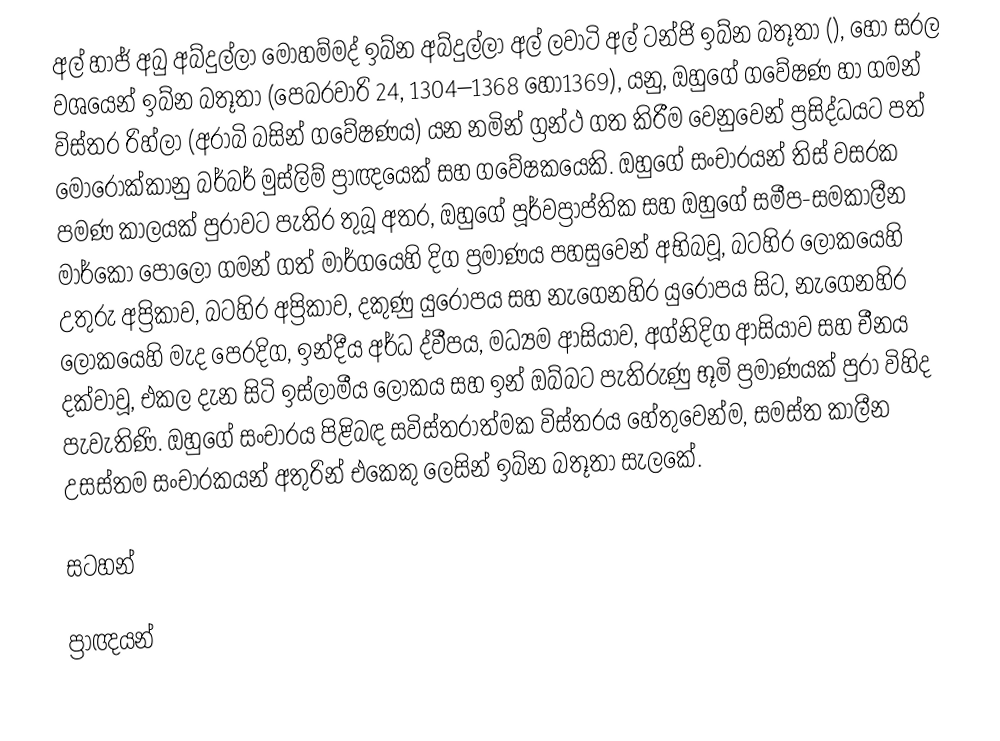
අල් හාජ් අබු අබ්දුල්ලා මොහම්මද් ඉබ්න අබ්දුල්ලා අල් ලවාටි අල් ටන්ජි ඉබ්න බතූතා (), හෝ සරල වශයෙන්  ඉබ්න බතූතා (පෙබරවාරි 24, 1304–1368 හෝ1369), යනු, ඔහුගේ ගවේෂණ හා ගමන් විස්තර  රිහ්ලා (අරාබි බසින් ගවේෂණය) යන නමින් ග්‍රන්ථ ගත කිරීම වෙනුවෙන් ප්‍රසිද්ධයට පත්  මොරොක්කානු බර්බර් මුස්ලිම් ප්‍රාඥයෙක් සහ ගවේෂකයෙකි. ඔහුගේ සංචාරයන් තිස් වසරක පමණ කාලයක් පුරාවට පැතිර තුබූ අතර,  ඔහුගේ පූර්වප්‍රාප්තික සහ ඔහුගේ සමීප-සමකාලීන මාර්කෝ පෝලෝ ගමන් ගත් මාර්ගයෙහි දිග ප්‍රමාණය පහසුවෙන් අභිබවූ, බටහිර ලෝකයෙහි  උතුරු අප්‍රිකාව, බටහිර අප්‍රිකාව, දකුණු යුරෝපය සහ නැගෙනහිර යුරෝපය  සිට, නැගෙනහිර ලෝකයෙහි  මැද පෙරදිග, ඉන්දීය අර්ධ ද්වීපය, මධ්‍යම ආසියාව, අග්නිදිග ආසියාව සහ චීනය දක්වාවූ, එකල දැන සිටි ඉස්ලාමීය ලෝකය සහ ඉන් ඔබ්බට පැතිරුණු භූමි ප්‍රමාණයක් පුරා විහිද පැවැතිණි.  ඔහුගේ සංචාරය පිළිබඳ සවිස්තරාත්මක විස්තරය හේතුවෙන්ම,  සමස්ත කාලීන උසස්තම සංචාරකයන් අතුරින් එකෙකු ලෙසින් ඉබ්න බතූතා සැලකේ.

සටහන්

ප්‍රාඥයන්